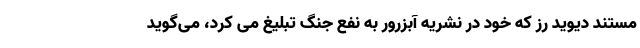
مستند دیوید رز که خود در نشریه آبزرور به نفع جنگ تبلیغ می کرد، می‌گوید